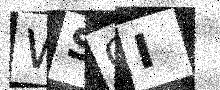
Text: WSGI